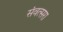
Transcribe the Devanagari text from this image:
संवत्सरा